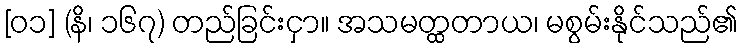
[၀၁] (နိ၊ ၁၆၇) တည်ခြင်းငှာ။ အသမတ္ထတာယ၊ မစွမ်းနိုင်သည်၏